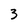
Character: 3